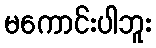
မကောင်းပါဘူး